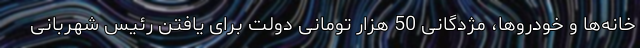
خانه‌ها و خودروها، مژدگانی 50 هزار تومانی دولت برای یافتن رئیس شهربانی